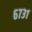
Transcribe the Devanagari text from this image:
६७३१